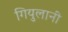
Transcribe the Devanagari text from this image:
गियुलानी